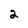
Character: 2